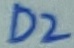
Text: D2